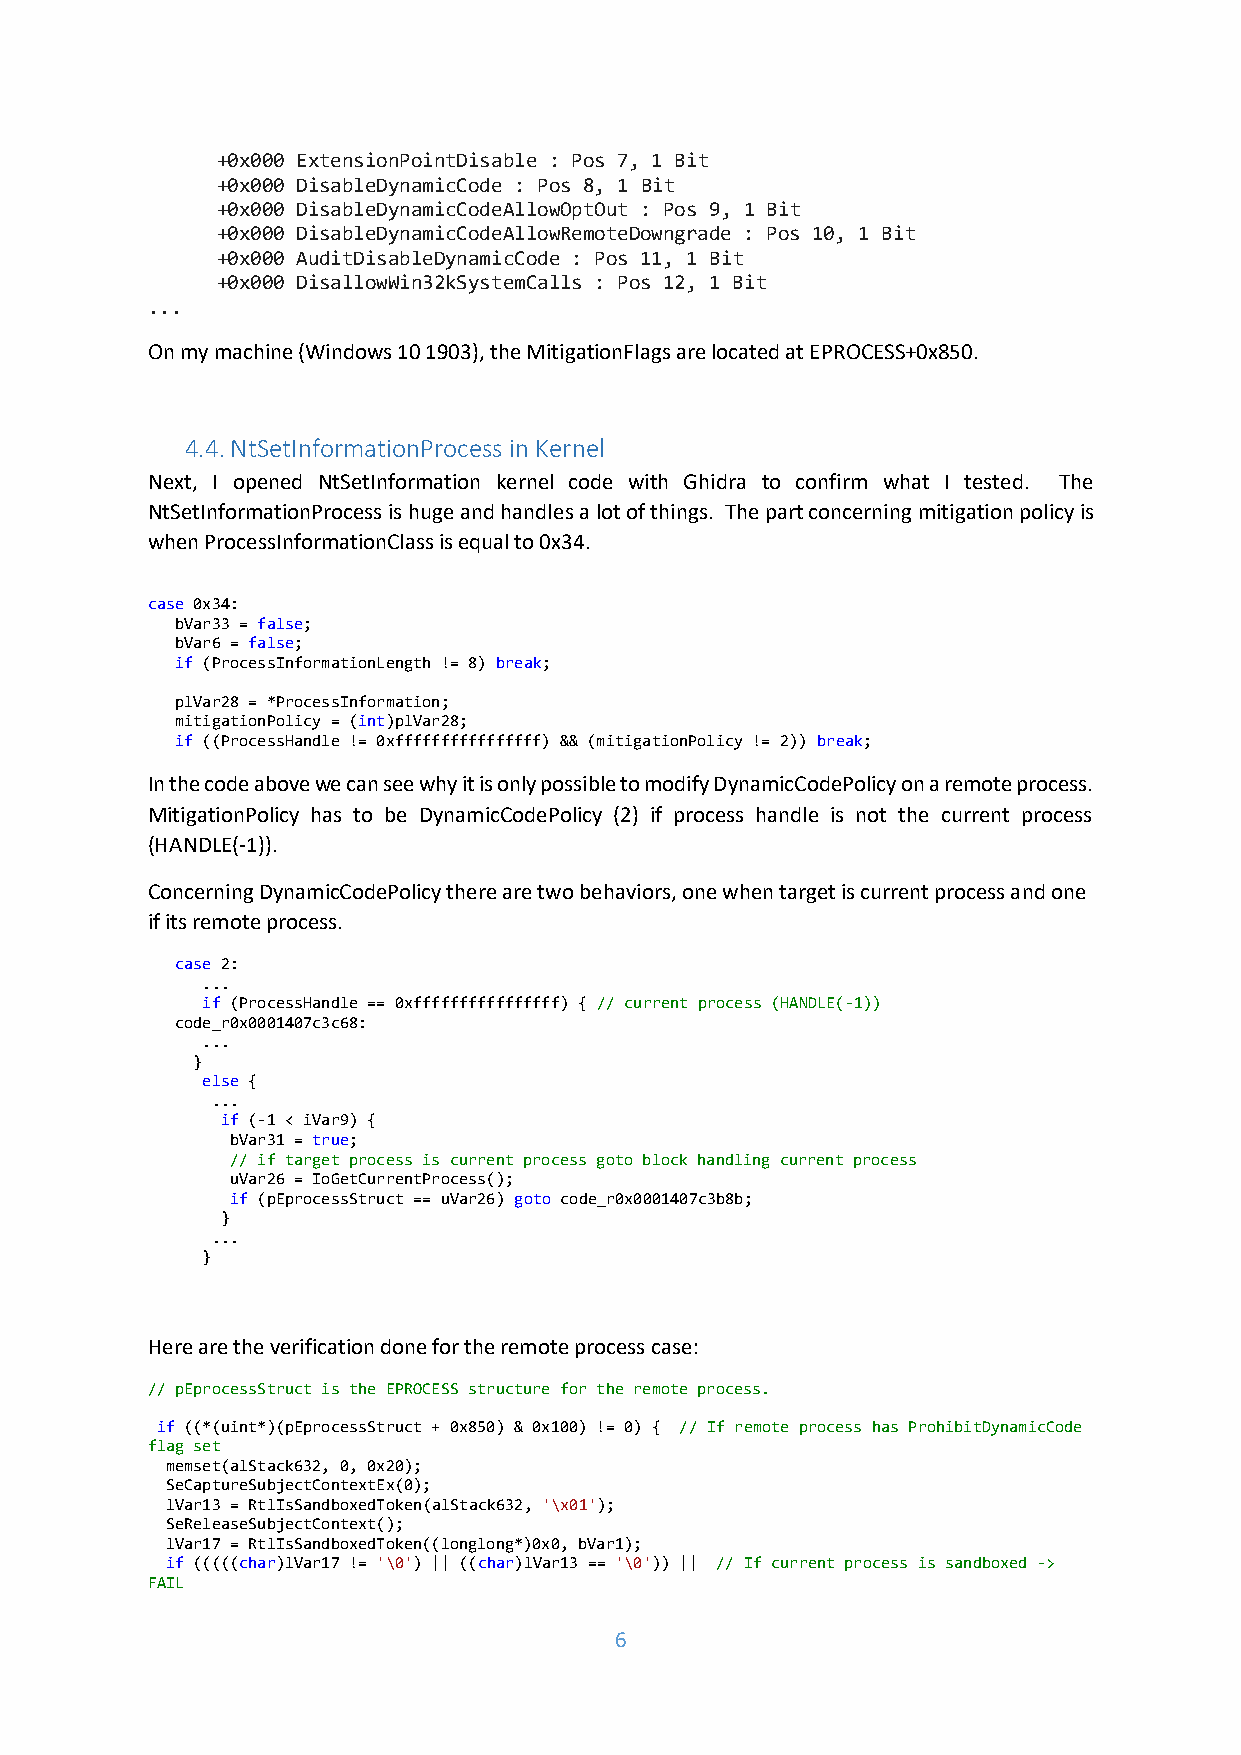
+0x000 ExtensionPointDisable : Pos 7, 1 Bit
 +0x000 DisableDynamicCode : Pos 8, 1 Bit
 +0x000 DisableDynamicCodeAllowOptOut : Pos 9, 1 Bit
 +0x000 DisableDynamicCodeAllowRemoteDowngrade : Pos 10, 1 Bit
 +0x000 AuditDisableDynamicCode : Pos 11, 1 Bit
 +0x000 DisallowWin32kSystemCalls : Pos 12, 1 Bit
 ...
 On my machine (Windows 10 1903), the MitigationFlags are located at EPROCESS+0x850.
 4.4. NtSetInformationProcess in Kernel
 Next, I opened NtSetInformation kernel code with Ghidra to confirm what I tested. The
 NtSetInformationProcess is huge and handles a lot of things. The part concerning mitigation policy is
 when ProcessInformationClass is equal to 0x34.
 case 0x34:
 bVar33 = false;
 bVar6 = false;
 if (ProcessInformationLength != 8) break;
 plVar28 = *ProcessInformation;
 mitigationPolicy = (int)plVar28;
 if ((ProcessHandle != 0xffffffffffffffff) && (mitigationPolicy != 2)) break;
 In the code above we can see why it is only possible to modify DynamicCodePolicy on a remote process.
 MitigationPolicy has to be DynamicCodePolicy (2) if process handle is not the current process
 (HANDLE(-1)).
 Concerning DynamicCodePolicy there are two behaviors, one when target is current process and one
 if its remote process.
 case 2:
 ...
 if (ProcessHandle == 0xffffffffffffffff) { // current process (HANDLE(-1))
 code_r0x0001407c3c68:
 ...
 }
 else {
 ...
 if (-1 < iVar9) {
 bVar31 = true;
 // if target process is current process goto block handling current process
 uVar26 = IoGetCurrentProcess();
 if (pEprocessStruct == uVar26) goto code_r0x0001407c3b8b;
 }
 ...
 }
 Here are the verification done for the remote process case:
 // pEprocessStruct is the EPROCESS structure for the remote process.
 if ((*(uint*)(pEprocessStruct + 0x850) & 0x100) != 0) { // If remote process has ProhibitDynamicCode
 flag set
 memset(alStack632, 0, 0x20);
 SeCaptureSubjectContextEx(0);
 lVar13 = RtlIsSandboxedToken(alStack632, '\x01');
 SeReleaseSubjectContext();
 lVar17 = RtlIsSandboxedToken((longlong*)0x0, bVar1);
 if (((((char)lVar17 != '\0') || ((char)lVar13 == '\0')) || // If current process is sandboxed ->
 FAIL
 6